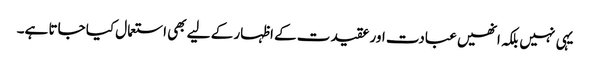
یہی نہیں بلکہ انھیں عبادت اور عقیدت کے اظہار کے لیے بھی استعمال کیا جاتا ہے۔